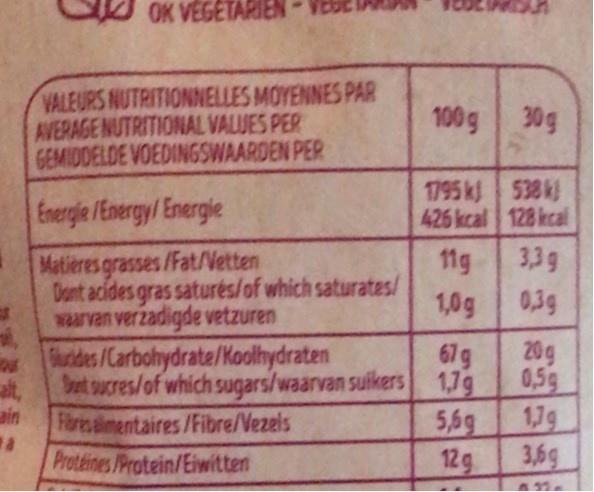
OK VEGETARIEN
VALEURS NUTRITIONNELLES MOYENNES PAR AVERAGE NUTRITIONAL VALUES PER GEMIDDELDE VOEDINGSWAARDEN PER
100g
30g
Energie /Energy/ Energle
1795 k 538 k 426 kcal 128 kcal
Matieres grasses /Fat/Vetten Dont acides gras saturés/of which saturates/ waarvan verzadigde vetzuren
11g
3,3g
1,0g
0,3g
Surides/Carbohydrate/Koolhydraten
67g
20g
at,
Sent sucres/of which sugars/waarvan suikers 1,7g
0,5g
ain
Filores alimentaires/Fibre/Vezels
5,6g
1.7g
Proteines Protein/Eiwitten
12g
3,6g